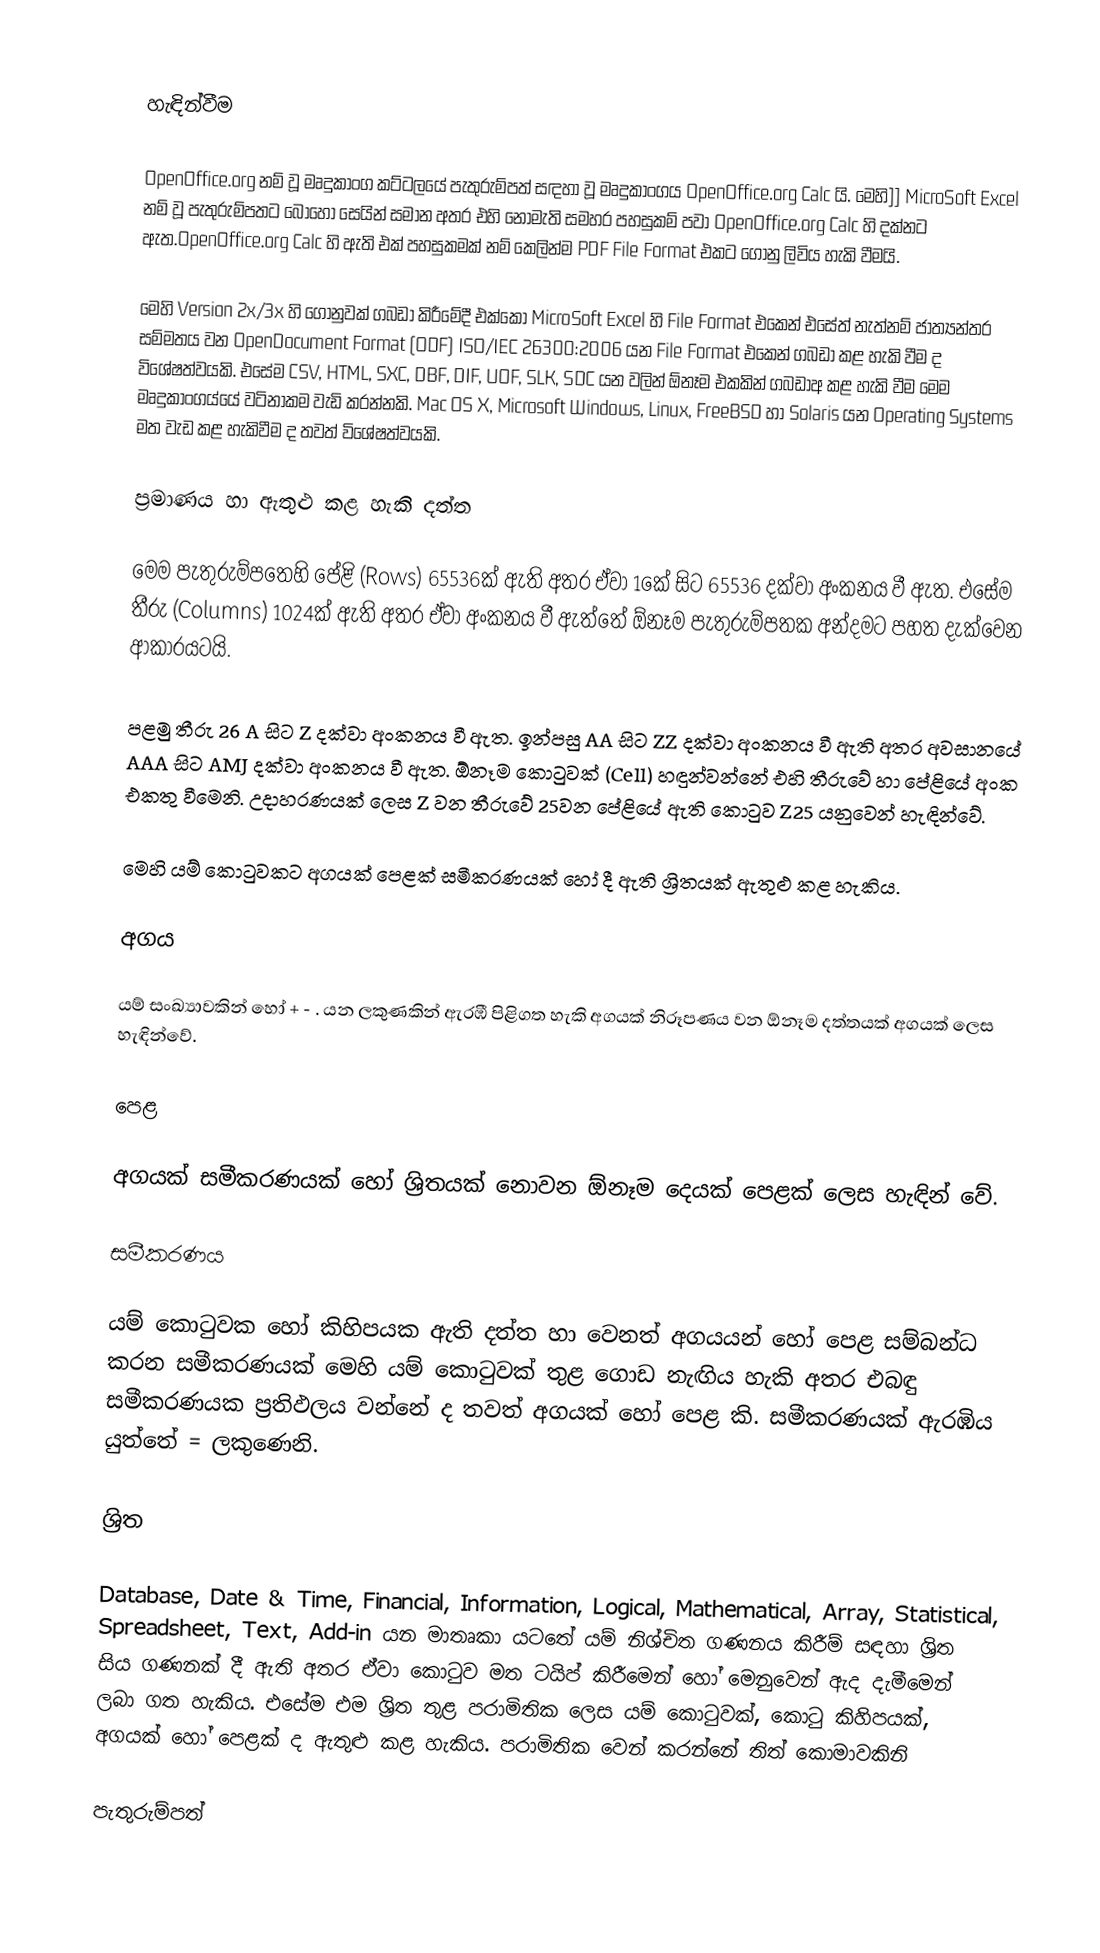

හැඳින්වීම

OpenOffice.org නම් වූ මෘදුකාංග කට්ටලයේ පැතුරුම්පත් සඳහා වූ මෘදුකාංගය OpenOffice.org Calc යි. මෙහි]] MicroSoft Excel නම් වූ පැතුරුම්පතට බොහෝ සෙයින් සමාන අතර එහි නොමැති සමහර පහසුකම් පවා OpenOffice.org Calc හි දක්නට ඇත.OpenOffice.org Calc හි ඇති එක් පහසුකමක් නම් කෙලින්ම PDF File Format එකට ගොනු ලිවිය හැකි වීමයි.

මෙහි Version 2x/3x හි ගොනුවක් ගබඩා කිරීමේදී එක්කෝ MicroSoft Excel හි File Format එකෙන් එසේත් නැත්නම්  ජාත්‍යන්තර සම්මතය වන OpenDocument Format (ODF) ISO/IEC 26300:2006 යන File Format එකෙන් ගබඩා කළ හැකි වීම ද විශේෂත්වයකි. එසේම CSV, HTML, SXC, DBF, DIF, UOF, SLK, SDC යන වලින් ඕනෑම එකකින් ගබඩාඅ කළ හැකි වීම මෙම මෘදුකාංගය්යේ වටිනාකම වැඩි කරන්නකි. Mac OS X, Microsoft Windows, Linux, FreeBSD හා Solaris යන  Operating Systems මත වැඩ කළ හැකිවීම ද තවත් විශේෂත්වයකි.

ප්‍රමාණය හා ඇතුළු කළ හැකි දත්ත

මෙම පැතුරුම්පතෙහි පේළි (Rows) 65536ක් ඇති අතර ඒවා 1කේ සිට 65536 දක්වා අංකනය වී ඇත. එසේම තීරු (Columns) 1024ක් ඇති අතර ඒවා අංකනය වී ඇත්තේ ඕනෑම පැතුරුම්පතක අන්දමට පහත දැක්වෙන ආකාරයටයි.

පළමු තීරු 26 A සිට Z දක්වා අංකනය වී ඇත. ඉන්පසු AA සිට  ZZ දක්වා අංකනය වී ඇති අතර අවසානයේ AAA සිට AMJ දක්වා අංකනය වී ඇත. ඕනෑම කොටුවක් (Cell) හඳුන්වන්නේ එහි තීරුවේ හා පේළියේ අංක එකතු වීමෙනි. උදාහරණයක් ලෙස Z වන තීරුවේ 25වන පේළියේ ඇති කොටුව Z25 යනුවෙන් හැඳින්වේ.

මෙහි යම් කොටුවකට අගයක් පෙළක් සමීකරණයක් හෝ දී ඇති ශ්‍රිතයක් ඇතුළු කළ හැකිය.

අගය

යම් සංඛ්‍යාවකින් හෝ + - . යන ලකුණකින් ඇරඹී පිළිගත හැකි අගයක් නිරූපණය වන ඕනෑම දත්තයක් අගයක් ලෙස හැඳින්වේ.

පෙළ

අගයක් සමීකරණයක් හෝ ශ්‍රිතයක් නොවන ඕනෑම දෙයක් පෙළක් ලෙස හැඳින් වේ.

සමීකරණය

යම් කොටුවක හෝ කිහිපයක ඇති දත්ත හා වෙනත් අගයයන් හෝ පෙළ සම්බන්ධ කරන සමීකරණයක් මෙහි යම් කොටුවක් තුළ ගොඩ නැඟිය හැකි අතර එබඳු සමීකරණයක ප්‍රතිඵලය වන්නේ ද තවත් අගයක් හෝ පෙළ කි. සමීකරණයක් ඇරඹිය යුත්තේ = ලකුණෙනි.

ශ්‍රිත

Database, Date & Time, Financial, Information, Logical, Mathematical, Array, Statistical, Spreadsheet, Text, Add-in යන මාතෘකා යටතේ යම් නිශ්චිත ගණනය කිරීම් සඳහා ශ්‍රිත සිය ගණනක් දී ඇති අතර ඒවා කොටුව මත ටයිප් කිරීමෙන් හෝ මෙනුවෙන් ඇද දැමීමෙන් ලබා ගත හැකිය. එසේම එම ශ්‍රිත තුළ පරාමිතික ලෙස යම් කොටුවක්, කොටු කිහිපයක්, අගයක් හෝ පෙළක් ද ඇතුළු කළ හැකිය. පරාමිතික වෙන් කරන්නේ තිත් කොමාවකිනි

පැතුරුම්පත්